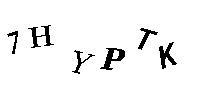
7HYPTK